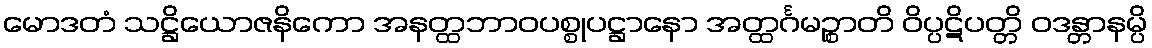
မောဒတံ သဋ္ဌိယောဇနိကော အနတ္ထဘာဝပစ္စုပဋ္ဌာနော အတ္ထင်္ဂမဉ္စာတိ ဝိပ္ပဋိပတ္တိ ဝဒန္တာနမ္ပိ